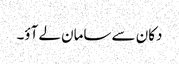
دکان سے سامان لے آؤ۔